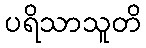
ပရိသာသူတိ